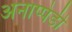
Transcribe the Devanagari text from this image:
अनाप्पेडी